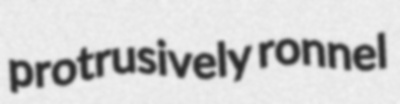
protrusively ronnel